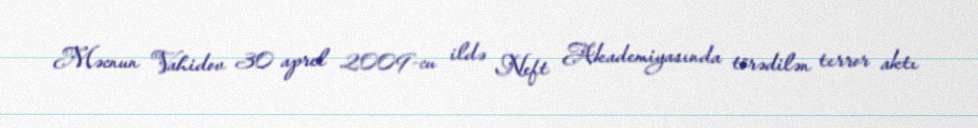
Məcnun Vahidov 30 aprel 2009-cu ildə Neft Akademiyasında törədilən terror aktı